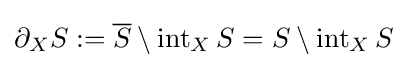
\partial _{X}S:={\overline {S}}\setminus \operatorname {int} _{X}S=S\setminus \operatorname {int} _{X}S